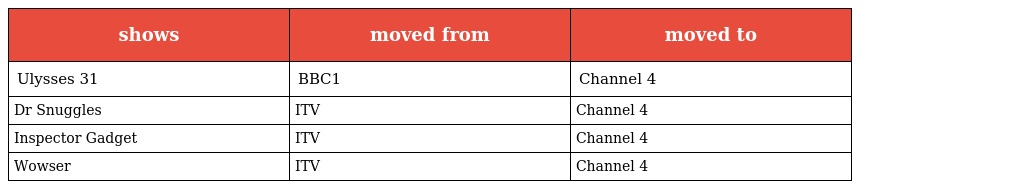
| shows | moved from | moved to |
 | --- | --- | --- |
 | Ulysses 31 | BBC1 | Channel 4 |
 | Dr Snuggles | ITV | Channel 4 |
 | Inspector Gadget | ITV | Channel 4 |
 | Wowser | ITV | Channel 4 |